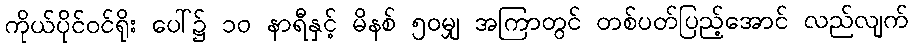
ကိုယ်ပိုင်ဝင်ရိုး ပေါ်၌ ၁၀ နာရီနှင့် မိနစ် ၅၀မျှ အကြာတွင် တစ်ပတ်ပြည့်အောင် လည်လျက်